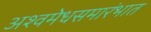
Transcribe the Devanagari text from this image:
अश्वमेधसमारंभात